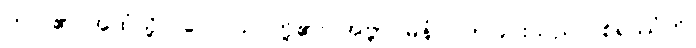
ဤငါ၏ အထံသို့။ ဝေါ၊ သင်တို့၏။ အဗ္ဘာဂမနံ၊ လာခြင်းသည်။ စိရဿံဟိ၊